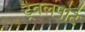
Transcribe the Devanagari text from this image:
ट्रैवलपोर्ट